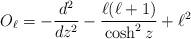
LaTeX: \begin{align*}O_{\ell} = - {{d^2} \over {dz^2}} - {{\ell(\ell+1)} \over {\cosh^{2} z}} + \ell^2\end{align*}